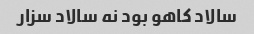
سالاد کاهو‌ بود نه سالاد سزار